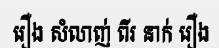
រឿង សំលាញ់ ពីរ នាក់ រឿង